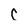
Character: C